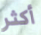
أكثر